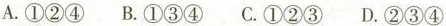
A.①②④B.①③④C.①②③D.②③④